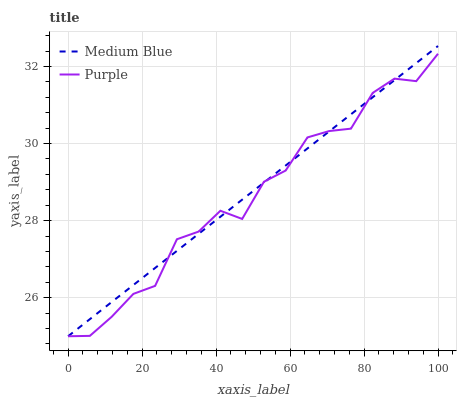
| xaxis_label | Medium Blue | Purple |
 | --- | --- | --- |
 | 0 | 25 | 25 |
 | 5.88 | 25.4 | 25 |
 | 11.8 | 25.9 | 25.5 |
 | 17.6 | 26.3 | 26.1 |
 | 23.5 | 26.8 | 26.3 |
 | 29.4 | 27.2 | 27.5 |
 | 35.3 | 27.7 | 27.7 |
 | 41.2 | 28.1 | 28.3 |
 | 47.1 | 28.5 | 28 |
 | 52.9 | 29 | 29 |
 | 58.8 | 29.4 | 29.3 |
 | 64.7 | 29.9 | 30.2 |
 | 70.6 | 30.3 | 30.3 |
 | 76.5 | 30.8 | 30.4 |
 | 82.4 | 31.2 | 31.3 |
 | 88.2 | 31.6 | 31.7 |
 | 94.1 | 32.1 | 31.6 |
 | 100 | 32.5 | 32.3 |